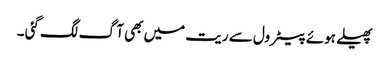
پھیلے ہوئے پیٹرول سے ریت میں بھی آ گ لگ گئی ۔